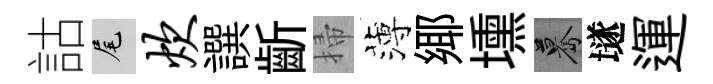
詁尾炊譔齗掃薄鄊壎驀𡑞運